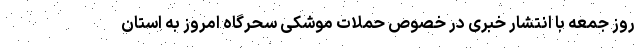
روز جمعه با انتشار خبری در خصوص حملات موشکی سحرگاه امروز به استان